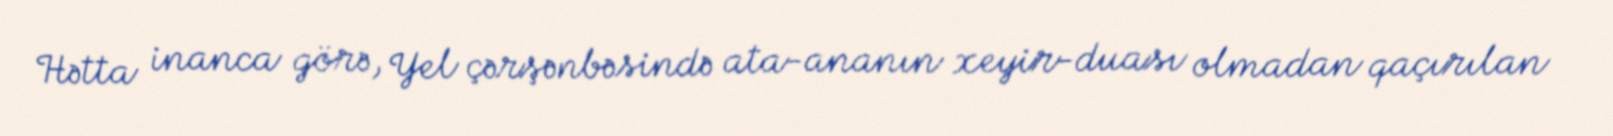
Hətta inanca görə, Yel çərşənbəsində ata-ananın xeyir-duası olmadan qaçırılan